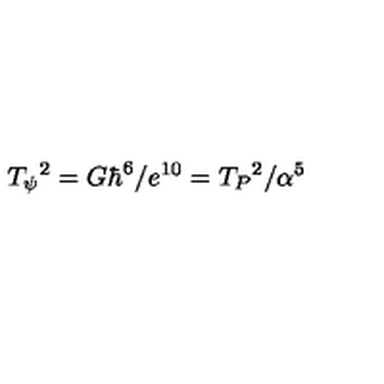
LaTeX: T _ { \psi } { } ^ { 2 } = G \hbar ^ { 6 } / e ^ { 1 0 } = T _ { P } { } ^ { 2 } / \alpha ^ { 5 }